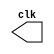
// ---------------------------
// -- CLOCK Generator
// Herbert Alves Batista - 461971
// ---------------------------
module clock ( clk );
output clk;
reg clk;
initial
begin
clk = 1'b0;
end
always
begin
#12 clk = ~clk;
end
endmodule // clock ( )
module Exemplo0044;
wire clk;
clock CLK1 ( clk );
initial begin
$dumpfile ( "Exemplo0041.vcd" );
$dumpvars;
#120 $finish;
end
endmodule // Exemplo044 ( )